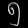
Digit: ၅